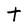
Character: t